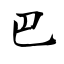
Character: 巴